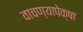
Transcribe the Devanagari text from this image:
वाचण्यापेक्षा